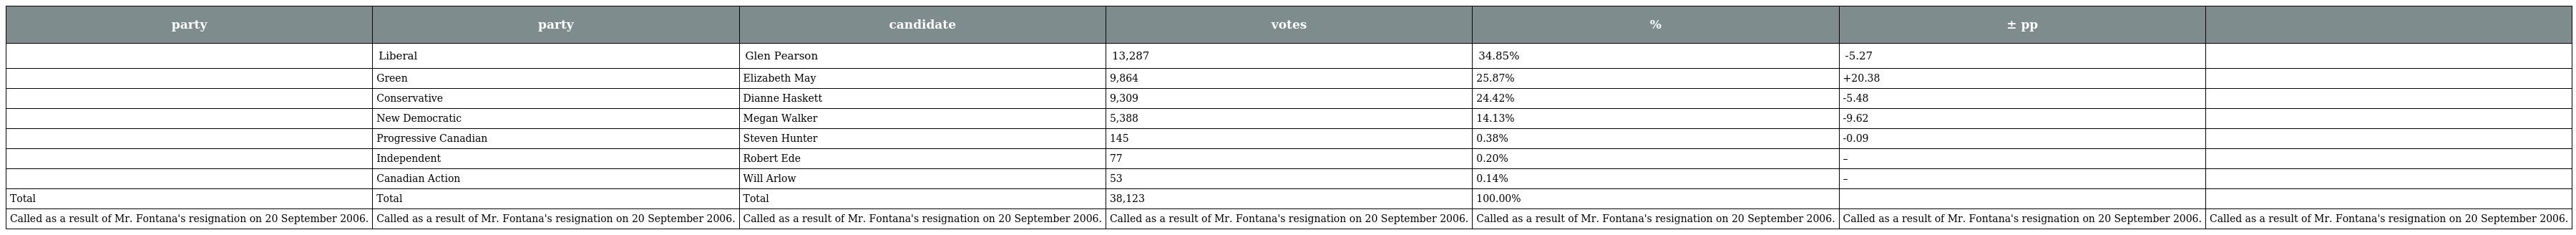
| party | party | candidate | votes | % | ± pp |  |
 | --- | --- | --- | --- | --- | --- | --- |
 |  | Liberal | Glen Pearson | 13,287 | 34.85% | -5.27 |  |
 |  | Green | Elizabeth May | 9,864 | 25.87% | +20.38 |  |
 |  | Conservative | Dianne Haskett | 9,309 | 24.42% | -5.48 |  |
 |  | New Democratic | Megan Walker | 5,388 | 14.13% | -9.62 |  |
 |  | Progressive Canadian | Steven Hunter | 145 | 0.38% | -0.09 |  |
 |  | Independent | Robert Ede | 77 | 0.20% | – |  |
 |  | Canadian Action | Will Arlow | 53 | 0.14% | – |  |
 | Total | Total | Total | 38,123 | 100.00% |  |  |
 | Called as a result of Mr. Fontana's resignation on 20 September 2006. | Called as a result of Mr. Fontana's resignation on 20 September 2006. | Called as a result of Mr. Fontana's resignation on 20 September 2006. | Called as a result of Mr. Fontana's resignation on 20 September 2006. | Called as a result of Mr. Fontana's resignation on 20 September 2006. | Called as a result of Mr. Fontana's resignation on 20 September 2006. | Called as a result of Mr. Fontana's resignation on 20 September 2006. |